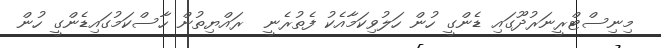
މިނިސްޓްރީނަރުދޫގައި ޑެންގީ ހުން ހަލުވިކަމާއެކު ފެތުރެނީ  ރައްޔިތުން ހާސްކަމުގައިޑެންގީ ހުން